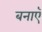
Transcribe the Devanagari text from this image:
बनाऍ